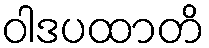
ဝါဒပထာတိ